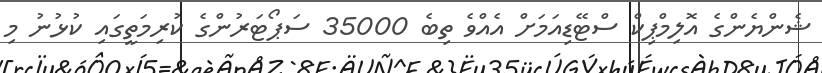
ޝެންޔެންގެ އޮލިމްޕިކް ސްޓޭޑިއަމަށް އެއްވެ ތިބެ 35000 ސަޕޯޓަރުންގެ ކުރިމަތީގައި ކުޅުނު މި